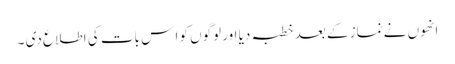
انھوں نے نماز کے بعد خطبہ دیا اور لوگوں کو ا س بات کی اطلاع دی ۔